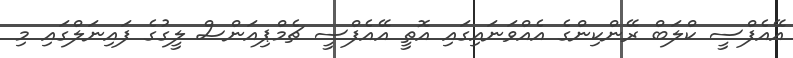
އޭއެފްސީ ކްލަބް ރޭންކިންގެ އެއްވަނައިގައި އޮތީ އޭއެފްސީ ޗެމްޕިއަންސް ލީގުގެ ފައިނަލްގައި މި